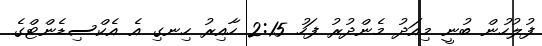
ފުލުހުން ބުނީ މިއަދު މެންދުރު ފަހު 2:15 ހާއިރު ހިނގި އެ އެކްސިޑެންޓްގެ